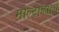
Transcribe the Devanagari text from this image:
मोल्दोव्ह्याचे